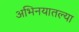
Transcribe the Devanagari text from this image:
अभिनयातल्या